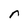
Character: r